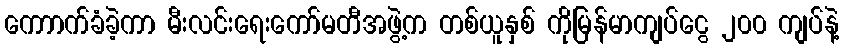
ကောာက်ခံခဲ့ကာ မီးလင်းရေးကော်မတီအဖွဲ့က တစ်ယူနှစ် ကိုမြန်မာကျပ်ငွေ ၂၀၀ ကျပ်နဲ့